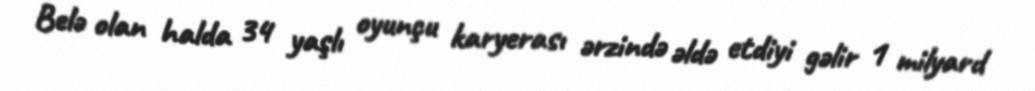
Belə olan halda 34 yaşlı oyunçu karyerası ərzində əldə etdiyi gəlir 1 milyard